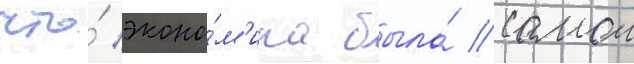
что́ эконо́м'ика была́ самои